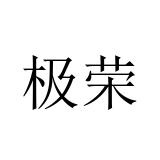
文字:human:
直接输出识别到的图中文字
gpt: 极荣